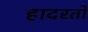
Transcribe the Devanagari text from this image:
हादरतो